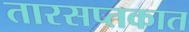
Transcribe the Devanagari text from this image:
तारसप्तकात